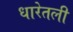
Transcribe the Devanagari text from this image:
धारेतली